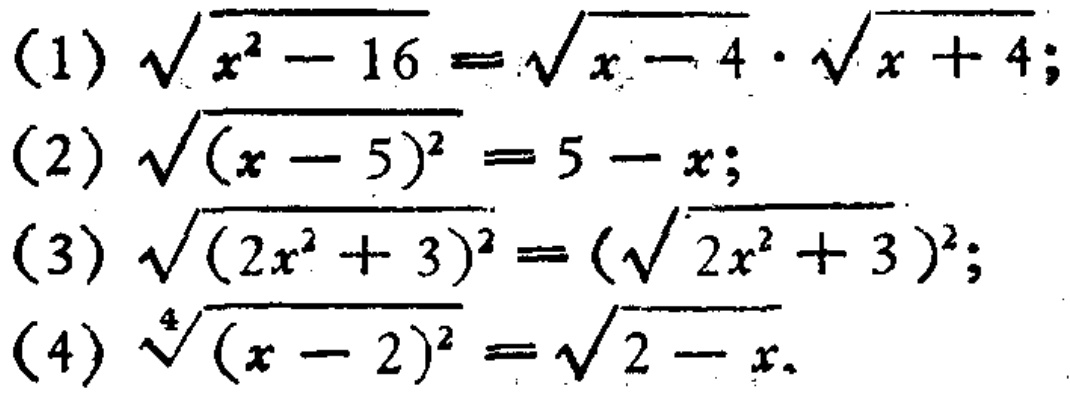
(1) $\sqrt{x^{2}-16}=\sqrt{x - 4}\cdot\sqrt{x + 4}$;
(2) $\sqrt{(x - 5)^{2}}=5 - x$;
(3) $\sqrt{(2x^{2}+3)^{2}}=(\sqrt{2x^{2}+3})^{2}$;
(4) $\sqrt[4]{(x - 2)^{2}}=\sqrt{2 - x}$.